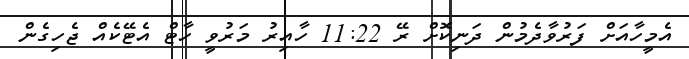
އެމީހާއަށް ފަރުވާދެމުން ދަނިކޮށް ރޭ 11:22 ހާއިރު މަރުވީ ހާޓް އެޓޭކެއް ޖެހިގެން